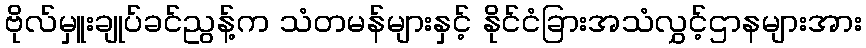
ဗိုလ်မှူးချုပ်ခင်ညွန့်က သံတမန်များနှင့် နိုင်ငံခြားအသံလွှင့်ဌာနများအား